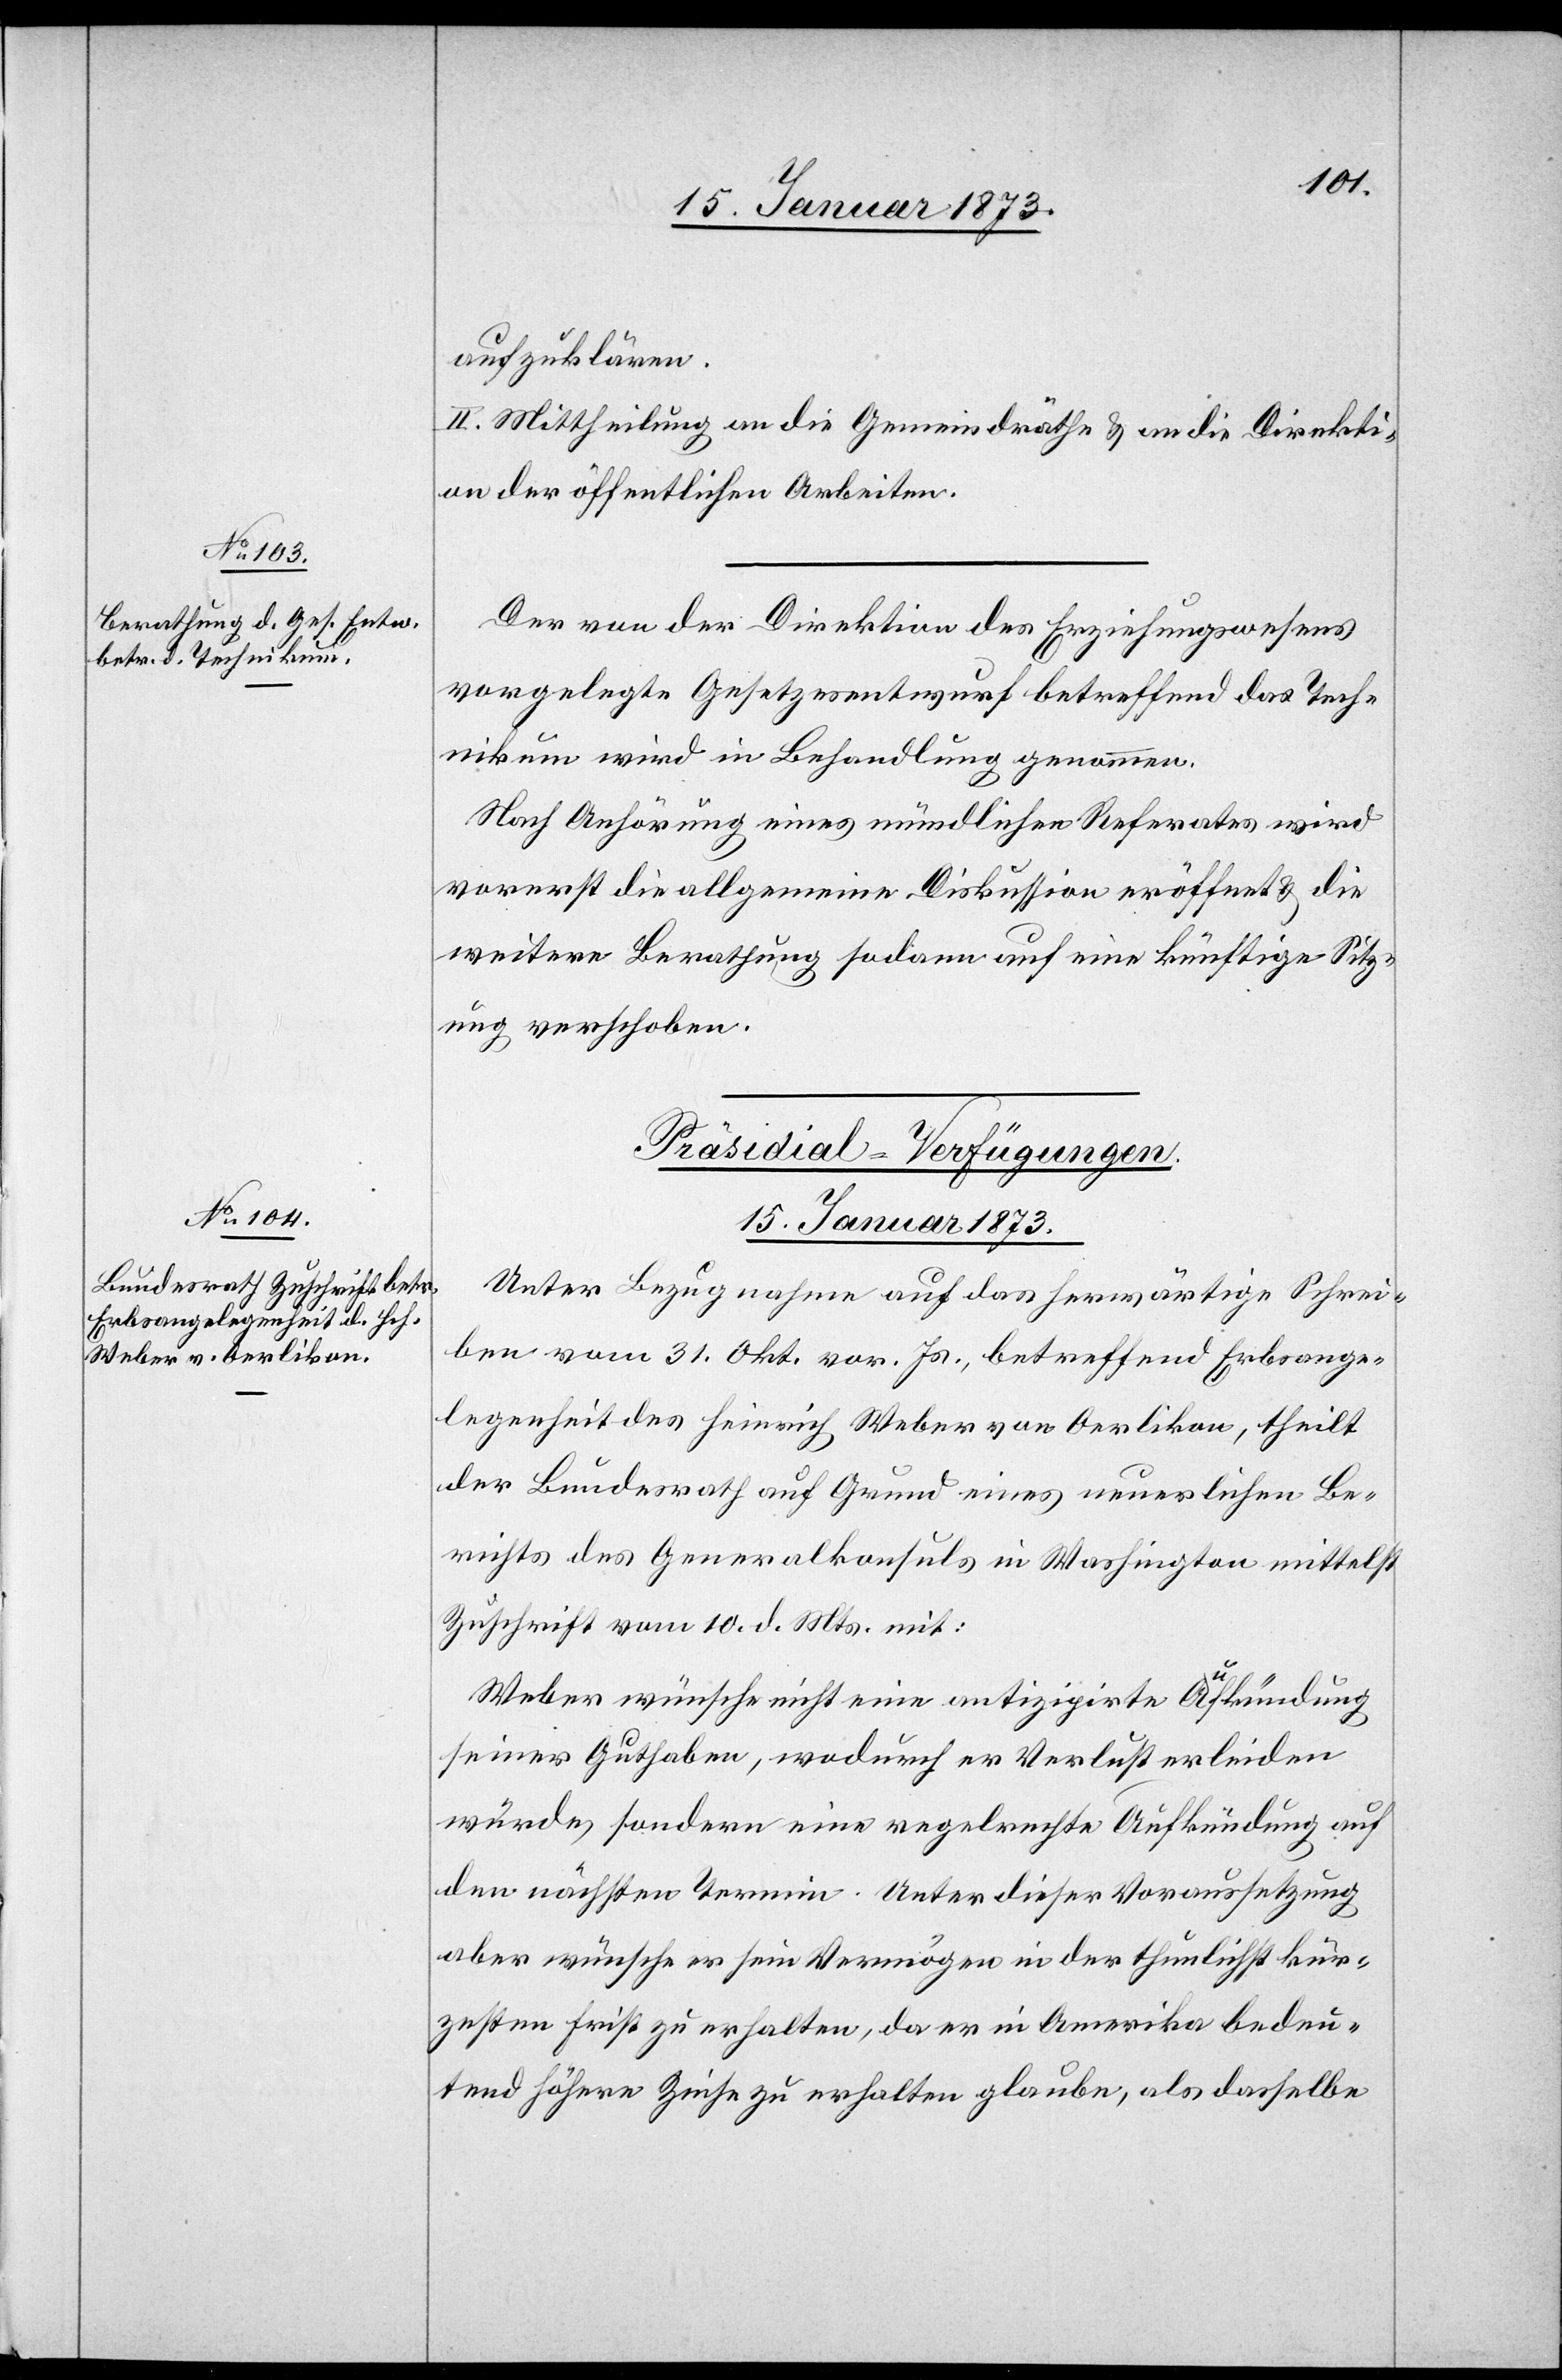
aufzuklären.
II. Mittheilung an die Gemeindräthe u. an die Direkti¬
on der öffentlichen Arbeiten.
Der von der Direktion des Erziehungswesens
vorgelegte Gesetzesentwurf betreffend das Tech¬
nikum wird in Behandlung genommen.
Nach Anhörung eines mündlichen Referates wird
vorerst die allgemeine Diskussion eröffnet u. die
weitere Berathung sodann auf eine künftige Sitz¬
ung verschoben.
Präsidial-Verfügungen
15. Januar 1873.
Unter Bezugnahme auf das herwärtige Schrei¬
ben vom 31. Okt. vor. Js., betreffend Erbsange¬
legenheit des Heinrich Weber von Oerlikon, theilt
der Bundesrath auf Grund eines neuerlichen Be¬
richts des Generalkonsuls in Washington mittelst
Zuschrift vom 10. d. Mts. mit:
Weber wünsche nicht eine antizipirte Aufkündung
seiner Guthaben, wodurch er Verlust erleiden
würde, sondern eine regelrechte Aufkündung auf
den nächsten Termin. Unter dieser Voraussetzung
aber wünsche er sein Vermögen in der thunlichst kür¬
zesten Frist zu erhalten, da er in Amerika bedeu¬
tend höhere Zinse zu erhalten glaube, als dasselbe